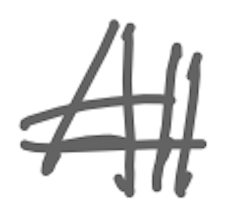
Text: All
Cross-out: double-line
Writing tool: digital_gray